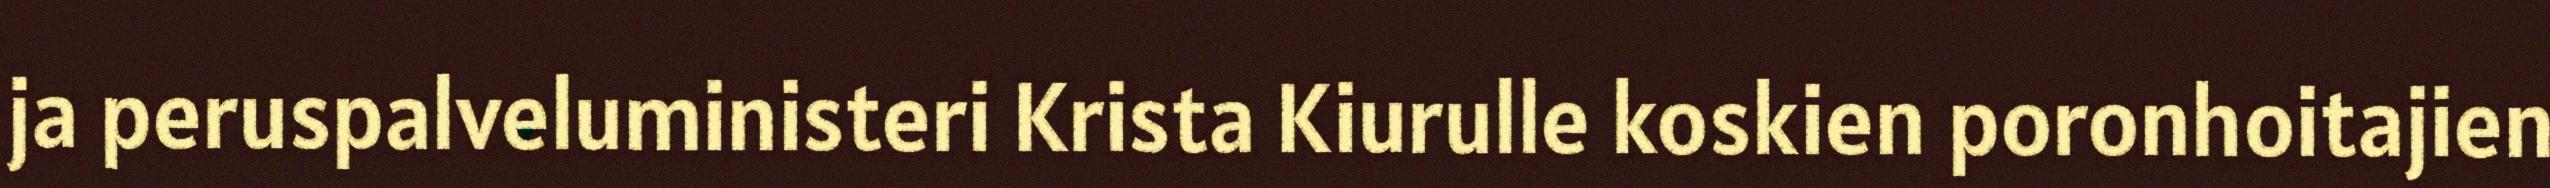
ja peruspalveluministeri Krista Kiurulle koskien poronhoitajien